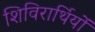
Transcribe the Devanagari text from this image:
शिविरार्थियों